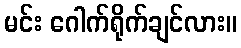
မင်း ဂေါက်ရိုက်ချင်လား။